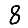
Digit: 8